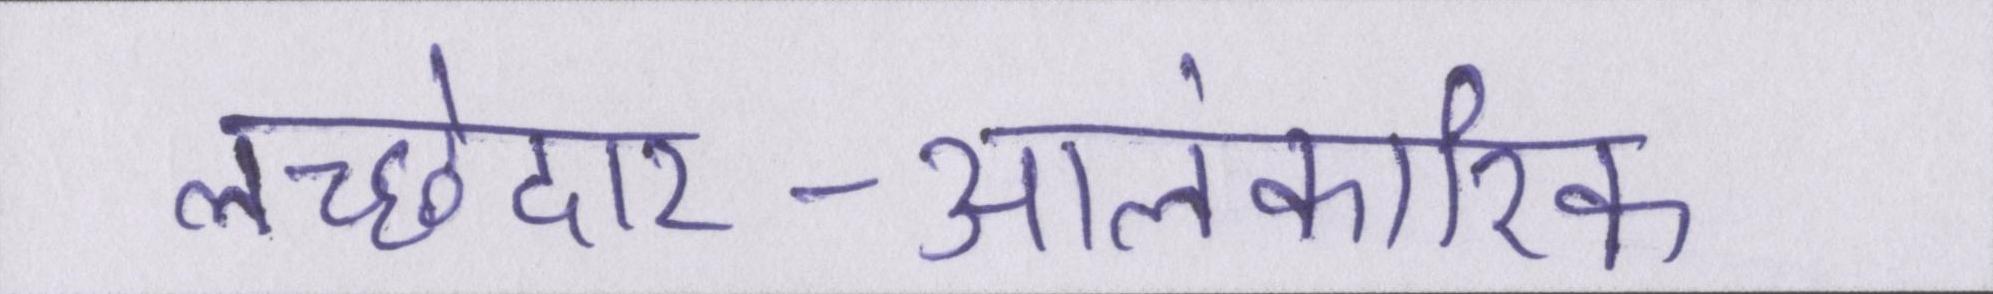
लच्छेदार-आलंकारिक